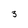
Character: 3